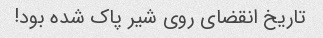
تاریخ انقضای روی شیر پاک شده بود!